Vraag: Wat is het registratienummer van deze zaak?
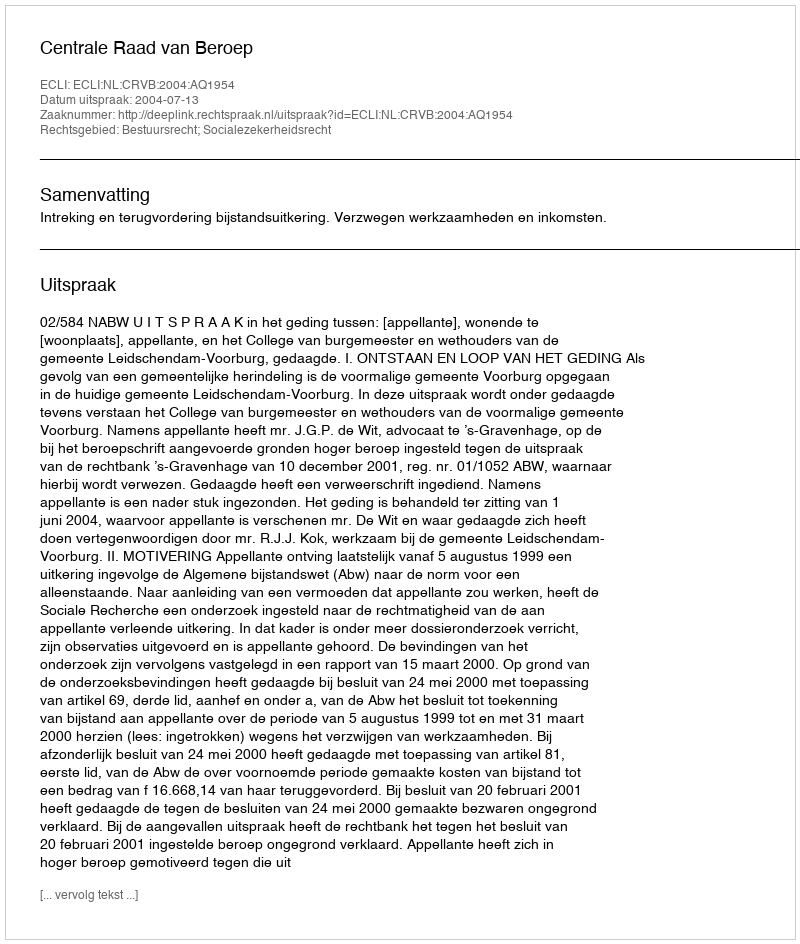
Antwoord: http://deeplink.rechtspraak.nl/uitspraak?id=ECLI:NL:CRVB:2004:AQ1954